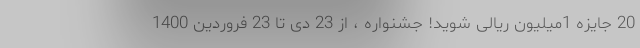
20 جایزه 1میلیون ریالی شوید! جشنواره ، از 23 دی تا 23 فروردین 1400